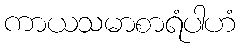
ကာယသမာစာရံပါဟံ